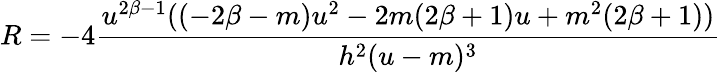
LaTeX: R=-4\frac{u^{2\beta-1}((-2\beta-m)u^{2}-2m(2\beta+1)u+m^{2}(2\beta+1))}{h^{2}(u-m)^{3}}